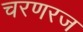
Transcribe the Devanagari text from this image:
चरणरज